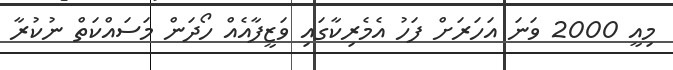
މިއީ 2000 ވަނަ އަހަރަށް ފަހު އެމެރިކާގައި ވަޒީފާއެއް ހޯދަން މަސައްކަތް ނުކުރާ